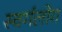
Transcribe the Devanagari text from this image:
स्वर्गलोग